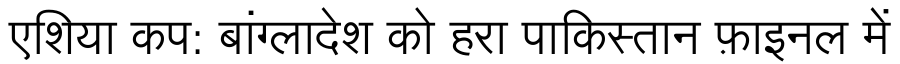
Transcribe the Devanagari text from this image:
एशिया कप: बांग्लादेश को हरा पाकिस्तान फ़ाइनल में